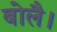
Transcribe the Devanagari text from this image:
बोलै।